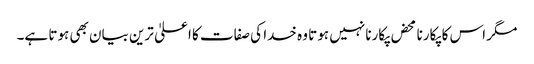
مگر اس کا پکارنا محض پکارنا نہیں ہوتا وہ خدا کی صفات کا اعلیٰ ترین بیان بھی ہوتا ہے۔